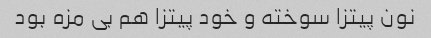
نون پیتزا سوخته و خود پیتزا هم بی مزه بود